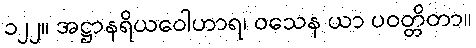
၁၂၂။ အဋ္ဌာနရိယဝေါဟာရ၊ ဝသေန ယာ ပဝတ္တိတာ။